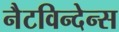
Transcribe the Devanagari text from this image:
नैटविन्देन्स